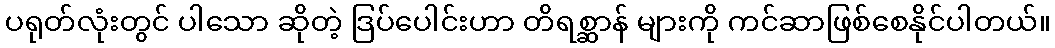
ပရုတ်လုံးတွင် ပါသော ဆိုတဲ့ ဒြပ်ပေါင်းဟာ တိရစ္ဆာန် များကို ကင်ဆာဖြစ်စေနိုင်ပါတယ်။